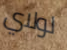
لولاي